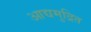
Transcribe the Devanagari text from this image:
आद्यमुद्रित